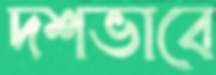
দশভাবে